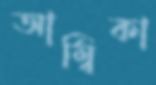
আম্বিকা